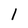
Character: 1